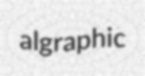
algraphic